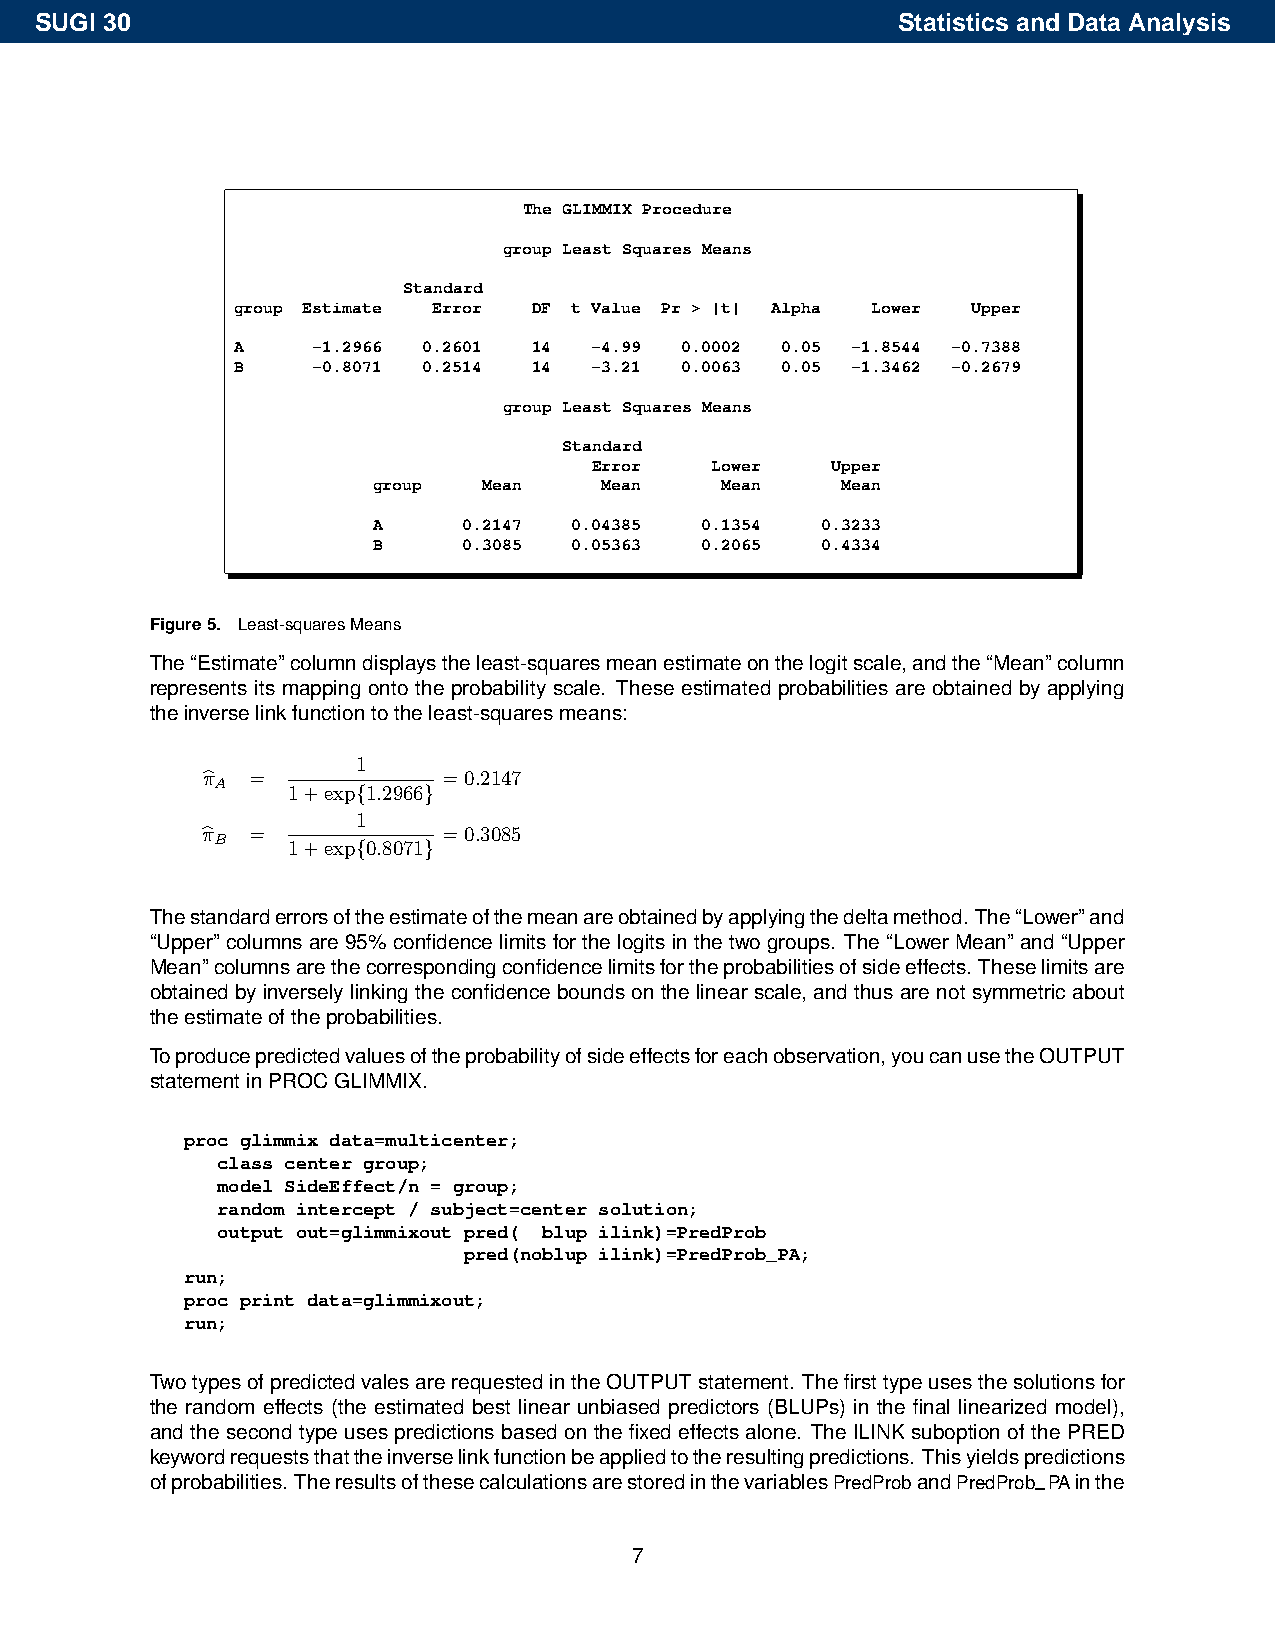
SUGI 30                                                  Statistics and Data Analysis
 The GLIMMIX Procedure
 group Least Squares Means
 Standard
 group Estimate Error DF t Value Pr > |t| Alpha Lower Upper
 A     -1.2966 0.2601 14 -4.99 0.0002 0.05 -1.8544 -0.7388
 B     -0.8071 0.2514 14 -3.21 0.0063 0.05 -1.3462 -0.2679
 group Least Squares Means
 Standard
 Error   Lower   Upper
 group  Mean    Mean    Mean    Mean
 A     0.2147 0.04385 0.1354  0.3233
 B     0.3085 0.05363 0.2065  0.4334
 Figure5. Least-squaresMeans
 The“Estimate”columndisplaystheleast-squaresmeanestimateonthelogitscale,andthe“Mean”column
 represents its mapping onto the probability scale. These estimated probabilities are obtained by applying
 theinverselinkfunctiontotheleast-squaresmeans:
 1
 π  =            =0.2147
 bA    1+exp{1.2966}
 1
 π  =            =0.3085
 bB    1+exp{0.8071}
 Thestandarderrorsoftheestimateofthemeanareobtainedbyapplyingthedeltamethod. The“Lower”and
 “Upper”columnsare95%confidencelimitsforthelogitsinthetwogroups. The“LowerMean”and“Upper
 Mean”columnsarethecorrespondingconfidencelimitsfortheprobabilitiesofsideeffects. Theselimitsare
 obtained by inversely linking the confidence bounds on the linear scale, and thus are not symmetric about
 theestimateoftheprobabilities.
 Toproducepredictedvaluesoftheprobabilityofsideeffectsforeachobservation,youcanusetheOUTPUT
 statementinPROCGLIMMIX.
 proc glimmix data=multicenter;
 class center group;
 model SideEffect/n = group;
 random intercept / subject=center solution;
 output out=glimmixout pred( blup ilink)=PredProb
 pred(noblup ilink)=PredProb_PA;
 run;
 proc print data=glimmixout;
 run;
 TwotypesofpredictedvalesarerequestedintheOUTPUTstatement. Thefirsttypeusesthesolutionsfor
 the random effects (the estimated best linear unbiased predictors (BLUPs) in the final linearized model),
 and the second type uses predictions based on the fixed effects alone. The ILINK suboption of the PRED
 keywordrequeststhattheinverselinkfunctionbeappliedtotheresultingpredictions. Thisyieldspredictions
 ofprobabilities. TheresultsofthesecalculationsarestoredinthevariablesPredProbandPredProb–PAinthe
 7